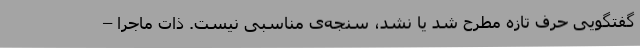
گفتگویی حرف تازه مطرح شد یا نشد، سنجه‌ی مناسبی نیست. ذات ماجرا –